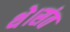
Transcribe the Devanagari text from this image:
थे।संत